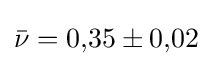
{\bar {\nu }}=0{,}35\pm 0{,}02